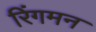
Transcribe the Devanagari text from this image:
रिंगमन